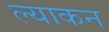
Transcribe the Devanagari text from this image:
ल्याकन